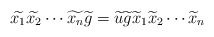
\begin{align*} \widetilde{x_1}\widetilde{x_2}\cdots \widetilde{x_n}\widetilde{g}&=\widetilde{u}\widetilde{g}\widetilde{x}_1\widetilde x_2 \cdots \widetilde x_n\end{align*}